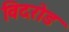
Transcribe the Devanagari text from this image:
विदरोड